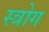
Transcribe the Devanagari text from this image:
स्त्रोग